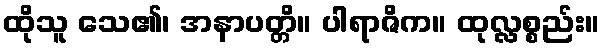
ထိုသူ သေ၏၊ အနာပတ္တိ။ ပါရာဇိက။ ထုလ္လစ္စည်း။